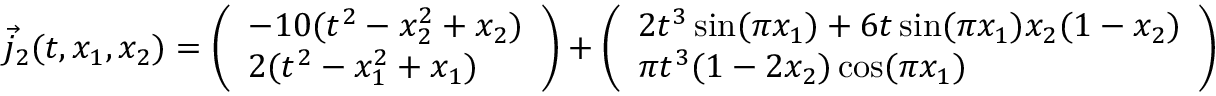
\vec { j } _ { 2 } ( t , x _ { 1 } , x _ { 2 } ) = \left( \begin{array} { l } { - 1 0 ( t ^ { 2 } - x _ { 2 } ^ { 2 } + x _ { 2 } ) } \\ { 2 ( t ^ { 2 } - x _ { 1 } ^ { 2 } + x _ { 1 } ) } \end{array} \right) + \left( \begin{array} { l } { 2 t ^ { 3 } \sin ( \pi x _ { 1 } ) + 6 t \sin ( \pi x _ { 1 } ) x _ { 2 } ( 1 - x _ { 2 } ) } \\ { \pi t ^ { 3 } ( 1 - 2 x _ { 2 } ) \cos ( \pi x _ { 1 } ) } \end{array} \right)